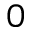
0